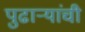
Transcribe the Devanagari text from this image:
पुढाऱ्यांची